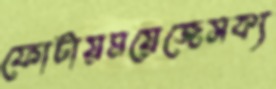
ফোটায়ময়েজেসক্য